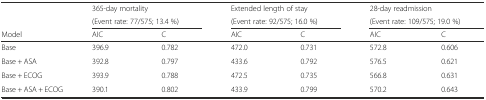
|  | <COLSPAN=2> 365-day mortality | <COLSPAN=2> Extended length of stay | <COLSPAN=2> 28-day readmission |
 |  | <COLSPAN=2> (Event rate: 77/575; 13.4 %) | <COLSPAN=2> (Event rate: 92/575; 16.0 %) | <COLSPAN=2> (Event rate: 109/575; 19.0 %) |
 | Model | AIC | C | AIC | C | AIC | C |
 | --- | --- | --- | --- | --- | --- | --- |
 | Base | 396.9 | 0.782 | 472.0 | 0.731 | 572.8 | 0.606 |
 | Base + ASA | 392.8 | 0.797 | 433.6 | 0.792 | 576.5 | 0.621 |
 | Base + ECOG | 393.9 | 0.788 | 472.5 | 0.735 | 566.8 | 0.631 |
 | Base + ASA + ECOG | 390.1 | 0.802 | 433.9 | 0.799 | 570.2 | 0.643 |